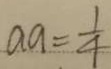
a a = \frac { 1 } { 4 }